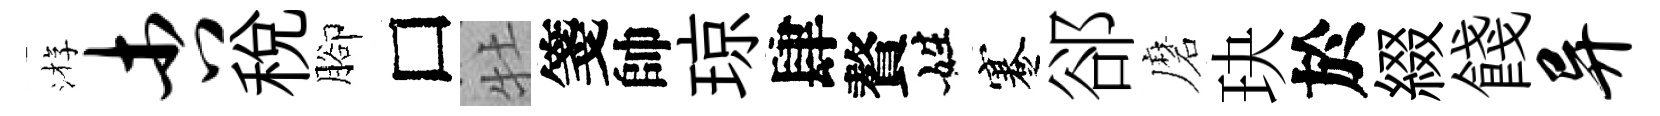
㳺杏税腳□牡箋帥琼肆贅姓蹇郤磨玦於綴餞异